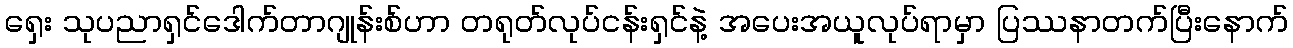
ရှေး သုပညာရှင်ဒေါက်တာဂျုန်းစ်ဟာ တရုတ်လုပ်ငန်းရှင်နဲ့ အပေးအယူလုပ်ရာမှာ ပြဿနာတက်ပြီးနောက်